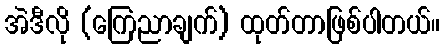
အဲဒီလို (ကြေညာချက်) ထုတ်တာဖြစ်ပါတယ်။